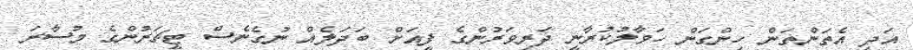
އަދި އެތަންތަން ހިންގަން ހަވާލުކުރާނީ ދަރިވަރުންގެ ފީއަށް ބަދަލެއް ނުގެނެސް ޓީޗަރުންގެ މުސާރަ